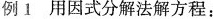
例1 用因式分解法解方程：